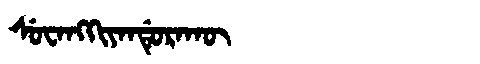
Manchu: ᠰᡠᠸᠠᠩᡴᡳᠶᠠᠨᡩᡠᡵᠠᡴᡡ
Romanization: SUWANGKIYANDURAKŪ